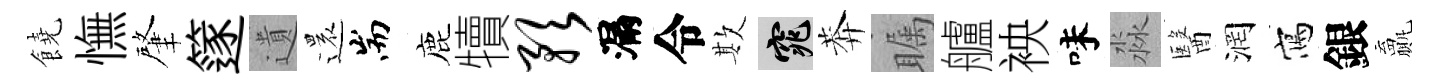
饒憮肇篴遺還耑鹿犢预漏令欺窕莾瞩艫䘧味淼醫润寫銀贏